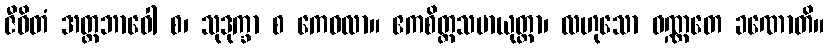
ဇီဝိတံ အတ္တဘာဝေါ စ၊ သုဒုက္ခာ စ ကေဝလာ။ ဧကစိတ္တသမာယုတ္တာ၊ လဟုသော ဝဏ္ဏတေ ခဏောတိ။